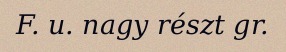
F. u. nagy részt gr.